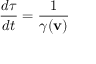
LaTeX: { \frac { d \tau } { d t } } = { \frac { 1 } { \gamma ( \mathbf { v } ) } }